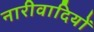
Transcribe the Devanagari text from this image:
नारीवादियों